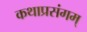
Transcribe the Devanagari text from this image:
कथाप्रसंगम्